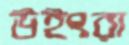
উইংরা